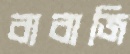
বাবাজি